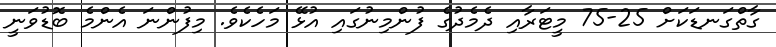
ގާތްގަނޑަކަށް 25-75 މީޓަރާއި ދެމެދުގެ ފުންމިނުގައި އުޅޭ މަހެކެވެ. މިފުންނަ އެންމެ ބޮޑުވަނީ